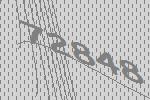
72848